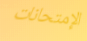
الإمتحانات